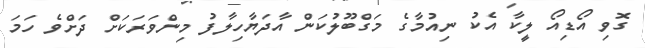
ގޮވި އޯޑިއޯ ލީކާ އެކު ނިއުމާގެ މަގްބޫލުކަން އާދަޔާހިލާފު މިންވަރަކަށް ދަށްވެ ހަމަ